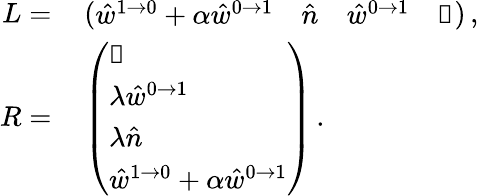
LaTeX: \begin{array}{rl}{L=}&{{}\left(\begin{array}{llll}{\hat{w}^{1\to 0}+\alpha\hat{w}^{0\to 1}}&{\hat{n}}&{\hat{w}^{0\to 1}}&{\mathbb{1}}\end{array}\right)\, ,}\\ {R=}&{{}\left(\begin{array}{l}{\mathbb{1}}\\ {\lambda\hat{w}^{0\to 1}}\\ {\lambda\hat{n}}\\ {\hat{w}^{1\to 0}+\alpha\hat{w}^{0\to 1}}\end{array}\right)\, .}\end{array}